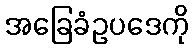
အခြေခံဥပဒေကို